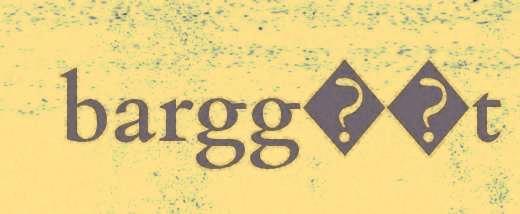
bargg��t